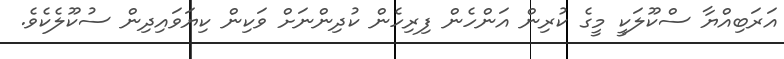
އަރަބިއްޔާ ސްކޫލަކީ މީގެ ކުރިން އަންހެން ފިރިހެން ކުދިންނަށް ވަކިން ކިޔަވައިދިން ސުކޫލެކެވެ.